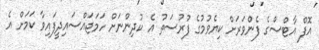
އޮފް އާޓްސްގެ ފެންވަރަށް ކިޔެވުމުގެ ފުރުސަތު އެ ކުދިންނަށް ހަމަޖައްސައިދީފައިވާ ކަމަށް އެ